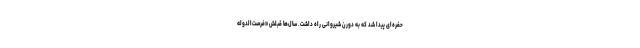
حفره‌ای پیدا شد که به دورن شیروانی راه داشت. سال‌ها قبلش «فرصت‌الدوله